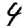
Digit: 4